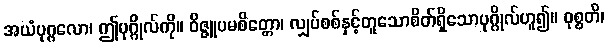
အယံပုဂ္ဂလော၊ ဤပုဂ္ဂိုလ်ကို။ ဝိဇ္ဇူပမစိတ္တော၊ လျှပ်စစ်နှင့်တူသောစိတ်ရှိသောပုဂ္ဂိုလ်ဟူ၍။ ဝုစ္စတိ၊